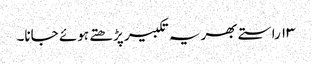
۱۳ راستے بھر یہ تکبیر پڑھتے ہوئے جانا۔